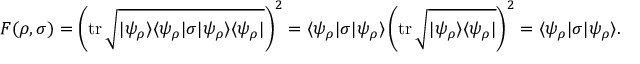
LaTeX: F ( \rho , \sigma ) = \left( \operatorname { t r } { \sqrt { | \psi _ { \rho } \rangle \langle \psi _ { \rho } | \sigma | \psi _ { \rho } \rangle \langle \psi _ { \rho } | } } \right) ^ { 2 } = \langle \psi _ { \rho } | \sigma | \psi _ { \rho } \rangle \left( \operatorname { t r } { \sqrt { | \psi _ { \rho } \rangle \langle \psi _ { \rho } | } } \right) ^ { 2 } = \langle \psi _ { \rho } | \sigma | \psi _ { \rho } \rangle .